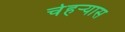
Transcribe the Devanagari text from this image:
चेहर्‍यास